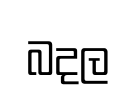
බදල